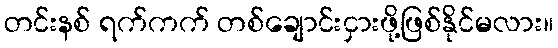
တင်းနစ် ရက်ကက် တစ်ချောင်းငှားဖို့ဖြစ်နိုင်မလား။